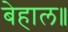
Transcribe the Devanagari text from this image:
बेहाल॥